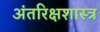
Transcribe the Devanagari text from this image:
अंतरिक्षशास्त्र